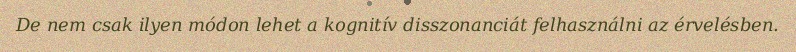
De nem csak ilyen módon lehet a kognitív disszonanciát felhasználni az érvelésben.